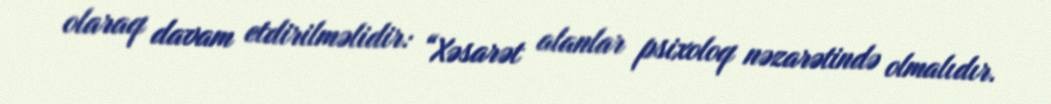
olaraq davam etdirilməlidir: “Xəsarət alanlar psixoloq nəzarətində olmalıdır.